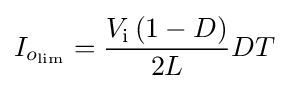
I_{o_{\text{lim}}}={\frac {V_{\text{i}}\left(1-D\right)}{2L}}DT